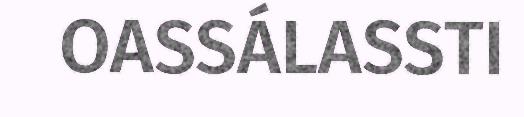
OASSÁLASSTI